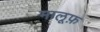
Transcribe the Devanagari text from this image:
मालूफ़